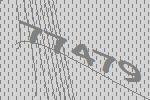
77479